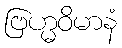
ဗြဟ္မဝိမာနံ